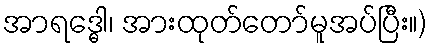
အာရဒ္ဓေါ၊ အားထုတ်တော်မူအပ်ပြီး။)